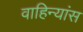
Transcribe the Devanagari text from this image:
वाहिन्यांस